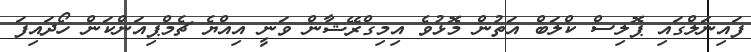
ފައިނަލްގައި ޕޮލިސް ކްލަބް އަތުން މޮޅުވެ އިމިގްރޭޝާން ވަނީ އިއްޔެ ޗެމްޕިއަންކަން ހޯދައިފަ